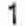
1